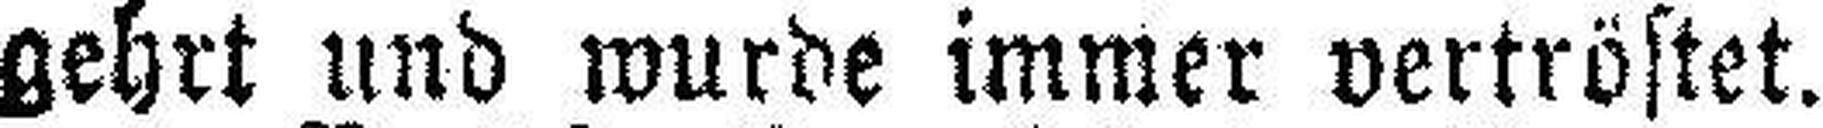
gehrt und wurde immer vertröstet.